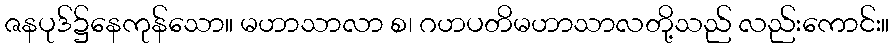
ဇနပုဒ်၌နေကုန်သော။ မဟာသာလာ စ၊ ဂဟပတိမဟာသာလတို့သည် လည်းကောင်း။